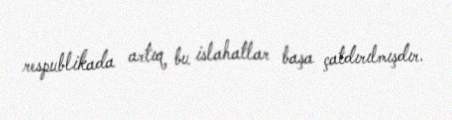
respublikada artıq bu islahatlar başa çatdırılmışdır.